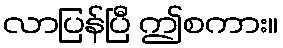
လာပြန်ပြီ ဤစကား။